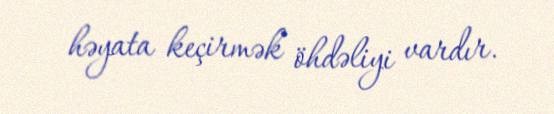
həyata keçirmək öhdəliyi vardır.